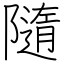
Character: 隨